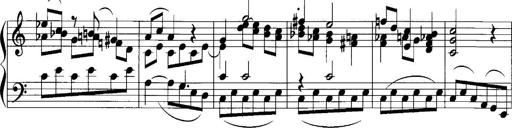
Title: Sonatina No.1
Composer: Otto Stoll
Key: C major